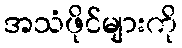
အသံဖိုင်များကို